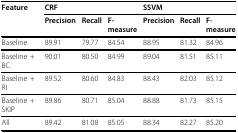
| Feature | <COLSPAN=3> CRF | <COLSPAN=3> SSVM |
 |  | Precision | Recall | F-measure | Precision | Recall | F-measure |
 | --- | --- | --- | --- | --- | --- | --- |
 | Baseline | 89.91 | 79.77 | 84.54 | 88.95 | 81.32 | 84.96 |
 | Baseline + BC | 90.01 | 80.50 | 84.99 | 89.04 | 81.51 | 85.11 |
 | Baseline + RI | 89.52 | 80.60 | 84.83 | 88.43 | 82.03 | 85.12 |
 | Baseline + SKIP | 89.86 | 80.71 | 85.04 | 88.88 | 81.73 | 85.15 |
 | All | 89.42 | 81.08 | 85.05 | 88.34 | 82.27 | 85.20 |